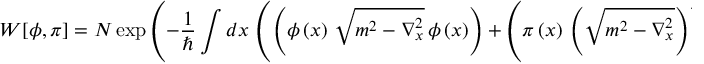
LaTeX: W [ \phi , \pi ] = { \cal N } \exp \left( - \frac { 1 } { \hbar } \int d x \, \left( \left( \phi \left( x \right) \, \sqrt { m ^ { 2 } - \nabla _ { x } ^ { 2 } } \, \phi \left( x \right) \right) + \left( { \pi } \left( x \right) \, \left( \sqrt { m ^ { 2 } - \nabla _ { x } ^ { 2 } } \right) ^ { - 1 } \! { \pi } \left( x \right) \right) \right) \right) ,